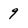
Character: 9